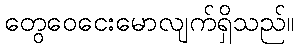
တွေဝေငေးမောလျက်ရှိသည်။